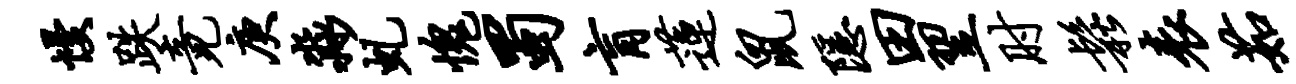
慢跌竟庚淼虬愧蜀肓莲鼠隐田翌肘松表茹